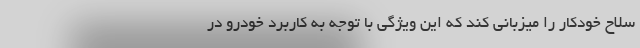
سلاح خودکار را میزبانی کند که این ویژگی با توجه به کاربرد خودرو در